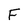
Character: F